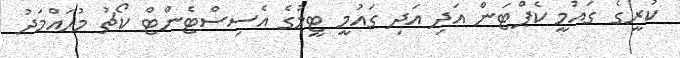
ކުރީގެ ގައުމީ ކެޕްޓަން އަދި އަދި ގައުމީ ޓީމުގެ އެސިސްޓެންޓް ކޯޗު މުހައްމަދު